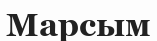
Марсым